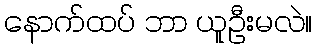
နောက်ထပ် ဘာ ယူဦးမလဲ။